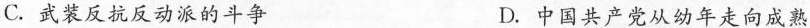
C.武装反抗反动派的斗争 D.中国共产党从幼年走向成熟